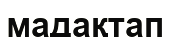
мадақтап